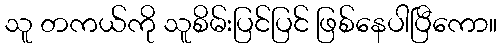
သူ တကယ်ကို သူစိမ်းပြင်ပြင် ဖြစ်နေပါပြီကော။